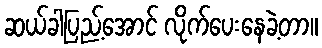
ဆယ်ခါပြည့်အောင် လိုက်ပေးနေခဲ့တာ။